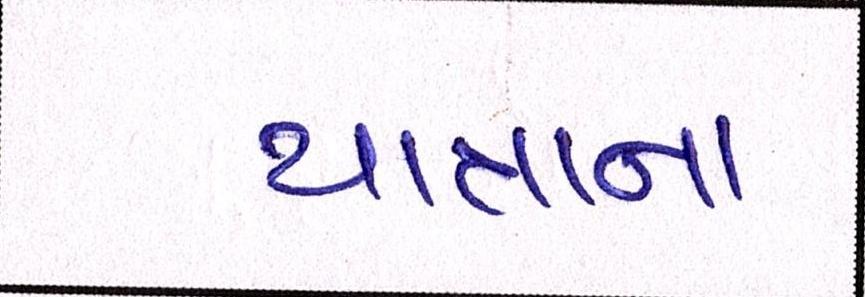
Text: યાત્રાના